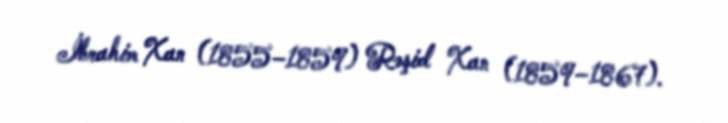
İbrahim Xan (1855–1859) Rəşid Xan (1859–1867).